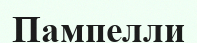
Пампелли